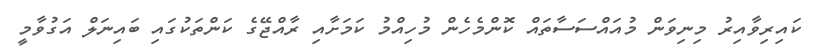
ކައިރިވާއިރު މިނިވަން މުއައްސަސާތައް ކޮންމެހެން މުހިއްމު ކަމަށާއި ރާއްޖޭގެ ކަންތަކުގައި ބައިނަލް އަގުވާމީ